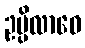
ဥပ္ပိလာဝေ